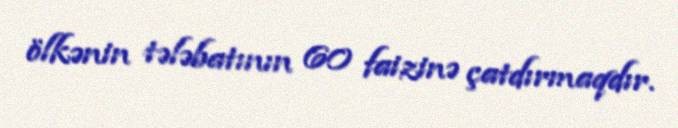
ölkənin tələbatının 60 faizinə çatdırmaqdır.